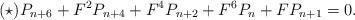
LaTeX: \begin{align*}(\star)P_{n+6}+F^{2}P_{n+4}+F^{4}P_{n+2}+F^{6}P_{n}+FP_{n+1}=0.\end{align*}